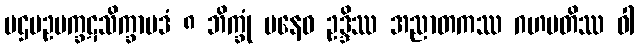
ပဌမဥပက္ခဋသိက္ခာပဒံ ၈ ဘိက္ခုံ ပနေဝ ဥဒ္ဒိဿ အညာတကဿ ဂဟပတိဿ ဝါ